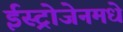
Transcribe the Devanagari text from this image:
ईस्ट्रोजेनमधे